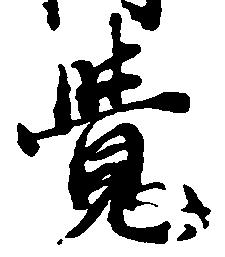
覚